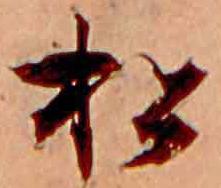
松